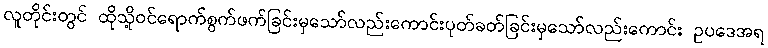
လူတိုင်းတွင် ထိုသို့ဝင်ရောက်စွက်ဖက်ခြင်းမှသော်လည်းကောင်းပုတ်ခတ်ခြင်းမှသော်လည်းကောင်း ဥပဒေအရ